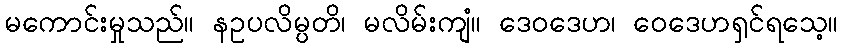
မကောင်းမှုသည်။ နဥပလိမ္ပတိ၊ မလိမ်းကျံ။ ဒေဝဒေဟ၊ ဝေဒေဟရှင်ရသေ့။